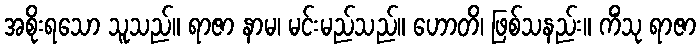
အစိုးရသော သူသည်။ ရာဇာ နာမ၊ မင်းမည်သည်။ ဟောတိ၊ ဖြစ်သနည်း။ ကိံသု ရာဇာ